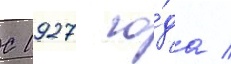
С 1927 го́да /